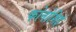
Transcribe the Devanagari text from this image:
फोनोशिई